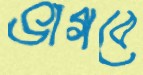
ভাগবে